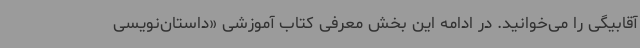
آقابیگی را می‌خوانید. در ادامه این بخش معرفی کتاب آموزشی «داستان‌نویسی